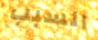
السبب